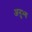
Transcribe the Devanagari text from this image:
अनुभ्व